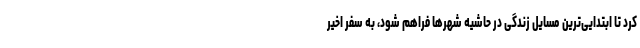
کرد تا ابتدایی‌ترین مسایل زندگی در حاشیه شهرها فراهم شود، به سفر اخیر